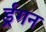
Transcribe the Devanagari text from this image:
र्ड्रगन